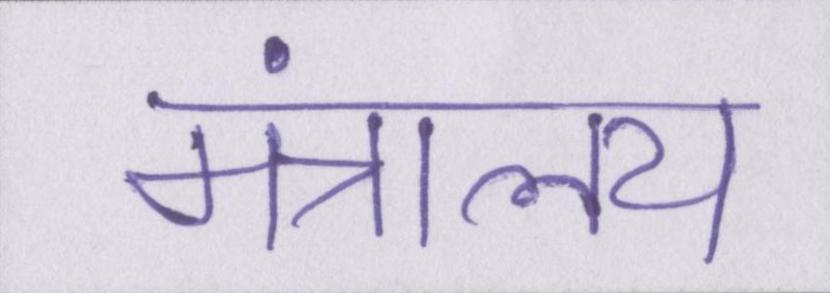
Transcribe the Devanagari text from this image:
मंत्रालय